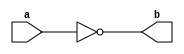
// inv = inverter

module inv(a,b);

input a;
output b;

assign b = ~a;

endmodule